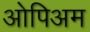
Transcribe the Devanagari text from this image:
ओपिअम